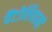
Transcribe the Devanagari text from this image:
पैंटोलियानो